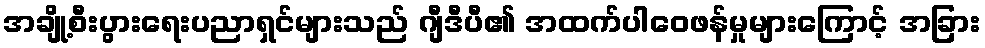
အချို့စီးပွားရေးပညာရှင်များသည် ဂျီဒီပီ၏ အထက်ပါဝေဖန်မှုများကြောင့် အခြား